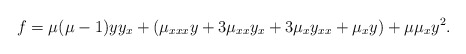
\begin{align*}f=\mu(\mu -1) yy_x+(\mu_{xxx} y + 3\mu_{xx}y_x + 3\mu _x y_{xx} + \mu _x y) + \mu \mu _x y^2.\end{align*}